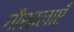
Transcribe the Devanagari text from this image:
गौशालाएँ